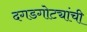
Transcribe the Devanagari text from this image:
दगडगोट्यांची